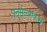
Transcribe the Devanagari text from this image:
पूनर्मूल्यांकन